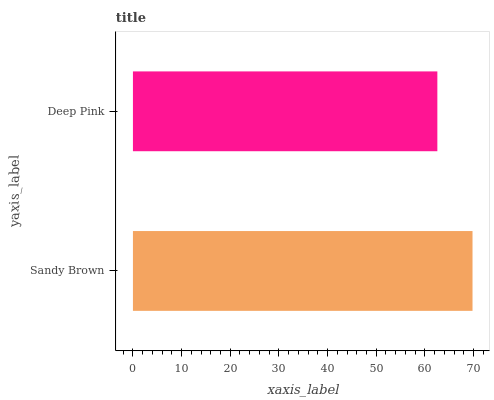
| yaxis_label | bars |
 | --- | --- |
 | Sandy Brown | 69.8 |
 | Deep Pink | 62.6 |